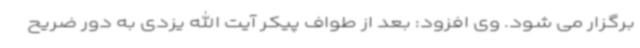
برگزار می شود. وی افزود: بعد از طواف پیکر آیت الله یزدی به دور ضریح